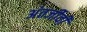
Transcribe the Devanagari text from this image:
अंतर्जीवी